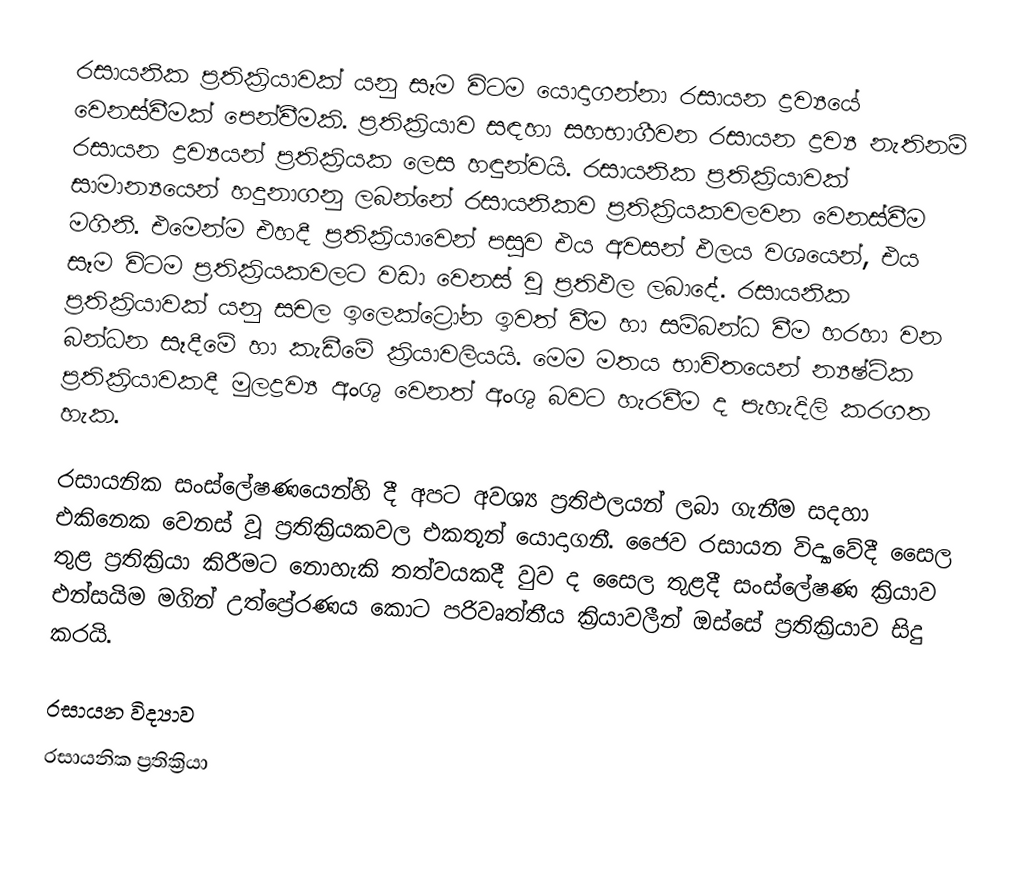
රසායනික ප්‍රතික්‍රියාවක් යනු සෑම විටම යොදාගන්නා රසායන ද්‍රව්‍යයේ වෙනස්වීමක් පෙන්වීමකි. ප්‍රතික්‍රියාව සඳහා සහභාගීවන රසායන ද්‍රව්‍ය නැතිනම් රසායන ද්‍රව්‍යයන් ප්‍රතික්‍රියක ලෙස හඳුන්වයි. රසායනික ප්‍රතික්‍රියාවක් සාමාන්‍යයෙන් හදුනාගනු ලබන්නේ රසායනිකව ප්‍රතික්‍රියකවලවන වෙනස්වීම මගිනි. එමෙන්ම එහදී ප්‍රතික්‍රියාවෙන් පසුව එය අවසන් ඵලය වශයෙන්, එය සෑම විටම ප්‍රතික්‍රියකවලට වඩා වෙනස් වූ ප්‍රතිඵල ලබාදේ. රසායනික ප්‍රතික්‍රියාවක් යනු සචල ඉලෙක්ට්‍රෝන ඉවත් වීම හා සම්බන්ධ වීම හරහා වන බන්ධන සෑදීමේ හා කැඩීමේ ක්‍රියාවලියයි. මෙම මතය භාවිතයෙන් න්‍යෂ්ටික ප්‍රතික්‍රියාවකදී මුලද්‍රව්‍ය අංශු වෙනත් අංශු බවට හැරවීම ද පැහැදිලි කරගත හැක.

රසායනික සංස්ලේෂණයෙන්හි දී අපට අවශ්‍ය ප්‍රතිඵලයන් ලබා ගැනීම සදහා එකිනෙක වෙනස් වූ ප්‍රතික්‍රියකවල එකතූන් යොදාගනී. ජෛව රසායන විද්‍යාවේදී සෛල තුළ ප්‍රතික්‍රියා කිරීමට නොහැකි තත්වයකදී වුව ද සෛල තුළදී සංස්ලේෂණ ක්‍රියාව එන්සයිම මගින් උත්ප්‍රේරණය කොට පරිවෘත්තීය ක්‍රියාවලීන් ඔස්සේ ප්‍රතික්‍රියාව සිදු කරයි.

රසායන විද්‍යාව
රසායනික ප්‍රතික්‍රියා